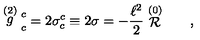
\stackrel { ( 2 ) } { g } \strut _ { c } ^ { c } = 2 \sigma _ { c } ^ { c } \equiv 2 \sigma = - { \frac { \ell ^ { 2 } } { 2 } } \stackrel { ( 0 ) } { \cal R } \qquad ,